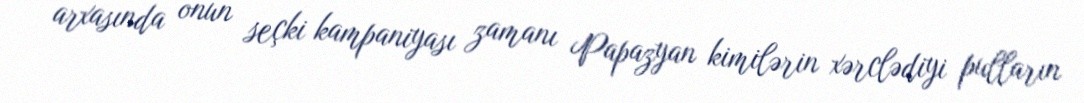
arxasında onun seçki kampaniyası zamanı Papazyan kimilərin xərclədiyi pulların